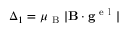
\Delta _ { 1 } = \mu _ { \mathrm { ~ B ~ } } | \mathbf { B } \cdot \mathbf { g } ^ { \mathrm { ~ e ~ l ~ } } |